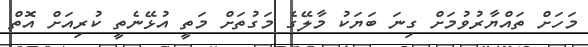
މަހަށް ތައްޔާރުވުމަށް ގިނަ ބަޔަކު މާލޭގެ މަގުތަށް މަތީ އުޅޭނެތީ ކުރިއަށް އޮތް